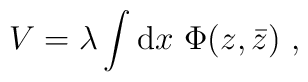
V= \lambda\int {\rm d}x\ \Phi(z,{\bar z})\ ,